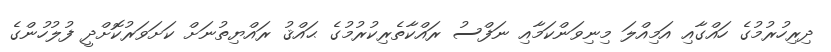
ދިރިހުރުމުގެ ހައްގާއި އަމިއްލަ މިނިވަންކަމާއި ނަފްސު ރައްކާތެރިކުރުމުގެ ޙައްޤު ރައްޔިތުނަށް ކަށަވަރުކޮށްދީ ފުލުހުންގެ